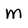
Character: M